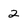
Character: 2